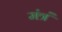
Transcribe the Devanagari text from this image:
मंत्रं